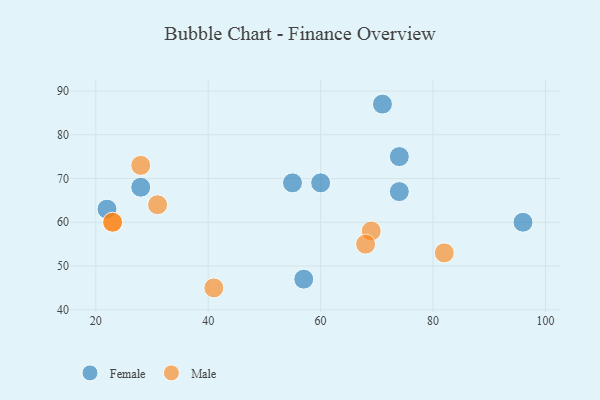
{"axis": {"x": "GDP", "y": "Life Expectancy"}, "legend": ["Female", "Male"], "data": [{"x": "57", "y": 47, "type": "Female"}, {"x": "71", "y": 87, "type": "Female"}, {"x": "28", "y": 68, "type": "Female"}, {"x": "22", "y": 63, "type": "Female"}, {"x": "60", "y": 69, "type": "Female"}, {"x": "55", "y": 69, "type": "Female"}, {"x": "96", "y": 60, "type": "Female"}, {"x": "74", "y": 75, "type": "Female"}, {"x": "74", "y": 67, "type": "Female"}, {"x": "31", "y": 64, "type": "Male"}, {"x": "23", "y": 60, "type": "Male"}, {"x": "23", "y": 60, "type": "Male"}, {"x": "82", "y": 53, "type": "Male"}, {"x": "69", "y": 58, "type": "Male"}, {"x": "68", "y": 55, "type": "Male"}, {"x": "28", "y": 73, "type": "Male"}, {"x": "41", "y": 45, "type": "Male"}]}